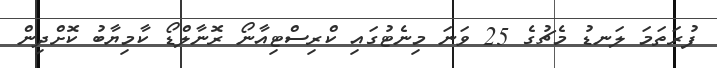
ފުރަތަމަ ލަނޑު މެޗުގެ 25 ވަނަ މިނެޓުގައި ކްރިސްޓިއާނޯ ރޮނާލްޑޯ ކާމިޔާބު ކޮށްދިން